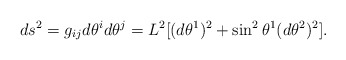
\begin{align*}ds^{2} = g_{ij} d\theta^{i} d\theta^{j} = L^{2}[(d\theta^{1})^{2}+ \sin ^{2} \theta^{1} (d\theta ^{2})^{2}].\end{align*}